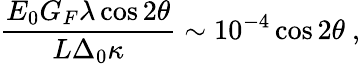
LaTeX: \frac{E_{0}G_{F}\lambda\cos 2\theta}{L\Delta_{0}\kappa}\sim 10^{-4}\cos 2\theta\ ,